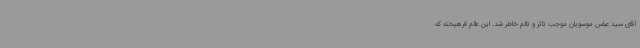
آقای سید عباس موسویان موجب تاثر و تالم خاطر شد. این عالم فرهیخته که